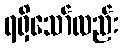
ရရှိသော်လည်း